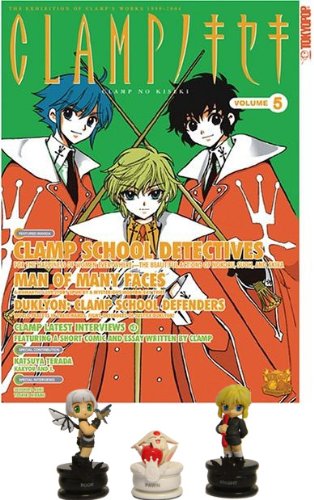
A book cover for The Clamp No Kiseki Magazine Collectible Vol. 05 with Figures Set; Crafts, Hobbies & Home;